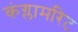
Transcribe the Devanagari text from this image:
कंग्लामरिट